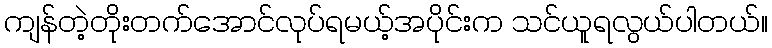
ကျန်တဲ့တိုးတက်အောင်လုပ်ရမယ့်အပိုင်းက သင်ယူရလွယ်ပါတယ်။